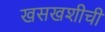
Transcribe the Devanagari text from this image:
खसखशीची